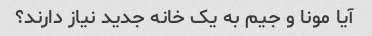
آیا مونا و جیم به یک خانه جدید نیاز دارند؟